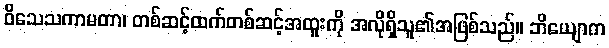
ဝိသေသကာမတာ၊ တစ်ဆင့်ထက်တစ်ဆင့်အထူးကို အလိုရှိသူ၏အဖြစ်သည်။ ဘိယျောက